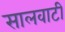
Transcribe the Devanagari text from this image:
सालवाटी